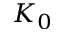
K _ { 0 }